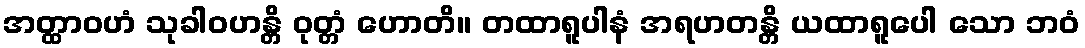
အတ္ထာဝဟံ သုခါဝဟန္တိ ဝုတ္တံ ဟောတိ။ တထာရူပါနံ အရဟတန္တိ ယထာရူပေါ သော ဘဝံ